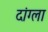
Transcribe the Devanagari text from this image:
दांग्ला